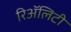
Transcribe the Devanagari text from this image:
रिॲलिटी